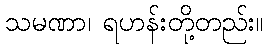
သမဏာ၊ ရဟန်းတို့တည်း။